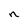
Character: n